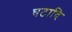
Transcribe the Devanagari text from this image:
घटादि